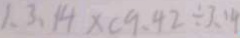
1 、 3 、 1 4 \times ( 9 . 4 2 \div 3 . 1 4